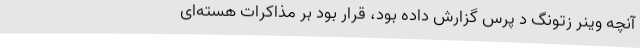
آنچه وینر زتونگ دِ پرس گزارش داده بود، قرار بود بر مذاکرات هسته‌ای